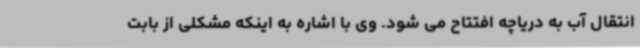
انتقال آب به دریاچه افتتاح می شود. وی با اشاره به اینکه مشکلی از بابت